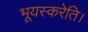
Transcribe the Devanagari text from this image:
भूयस्करेति।